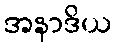
အနာဒိယ